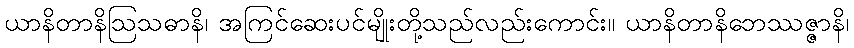
ယာနိတာနိဩသဓာနိ၊ အကြင်ဆေးပင်မျိုးတို့သည်လည်းကောင်း။ ယာနိတာနိဘေဿဇ္ဇာနိ၊